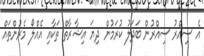
އެ ސިއްރު ސިއްރުން ބަދަލު ކުރަމުން ދިޔަ އިޝާރާތް ތަކާއި އެއްލޯ މެރުންތައް